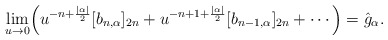
\begin{align*} \lim_{u\rightarrow0}\Bigr(u^{-n+\frac{\left\vert \alpha\right\vert}{2}}[b_{n,\alpha}]_{2n}+u^{-n+1+\frac{\left\vert \alpha\right\vert}{2}}[b_{n-1,\alpha}]_{2n}+\cdots\Bigr)=\hat g_\alpha.\end{align*}